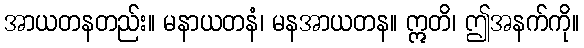
အာယတနတည်း။ မနာယတနံ၊ မနအာယတန။ ဣတိ၊ ဤအနက်ကို။